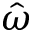
\hat { \omega }